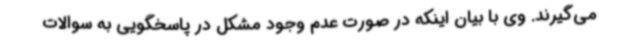
می‌گیرند. وی با بیان اینکه در صورت عدم وجود مشکل در پاسخگویی به سوالات